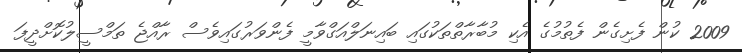
2009 ކުން ފެށިގެން ފެތުމުގެ އެކި މުބާރާތްތަކުގައި ބައިނަލްއަގްވާމީ ފެންވަރުގައިވެސް ރާއްޖެ ތަމްސީލުކޮށްދީފަ